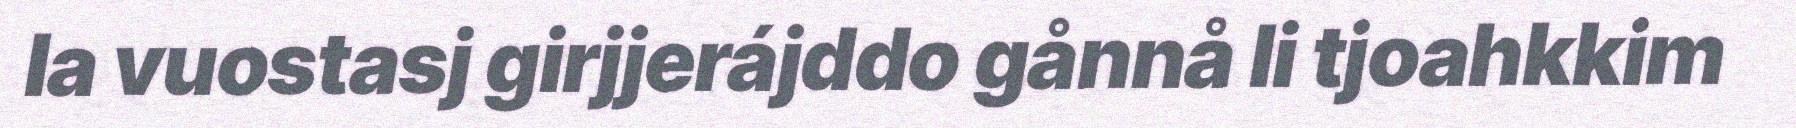
la vuostasj girjjerájddo gånnå li tjoahkkim